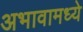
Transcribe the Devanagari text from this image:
अभावामध्ये